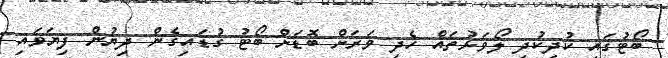
ބޯޓުގައި ކުދިކުދި ލޯވަޅުތައް ހެދި ވަރަށް ބޮޑަށް ބޯޓު ގުޑައިގެން ދިޔުން ފިޔަވައި